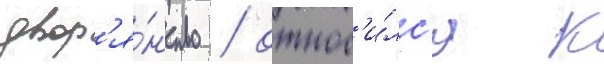
двор'я́нство / относ'и́лс'я к